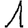
Digit: 1